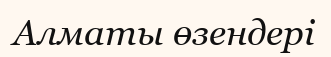
Алматы өзендері